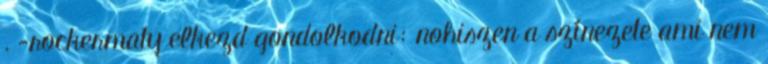
. -rockermaty elkezd gondolkodni: nohiszen a színezete ami nem